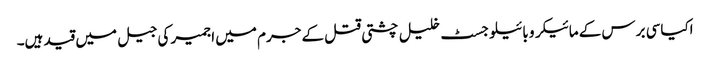
اکیاسی برس کے مائیکرو بائیلوجسٹ خلیل چشتی قتل کے جرم میں اجمیر کی جیل میں قید ہیں۔